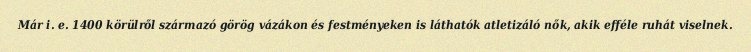
Már i. e. 1400 körülről származó görög vázákon és festményeken is láthatók atletizáló nők, akik efféle ruhát viselnek.